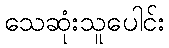
သေဆုံးသူပေါင်း